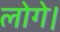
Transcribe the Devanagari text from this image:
लोगे।